NAE_ERA_R-1665_Eesti_Kunstnike_Liit, lk 6
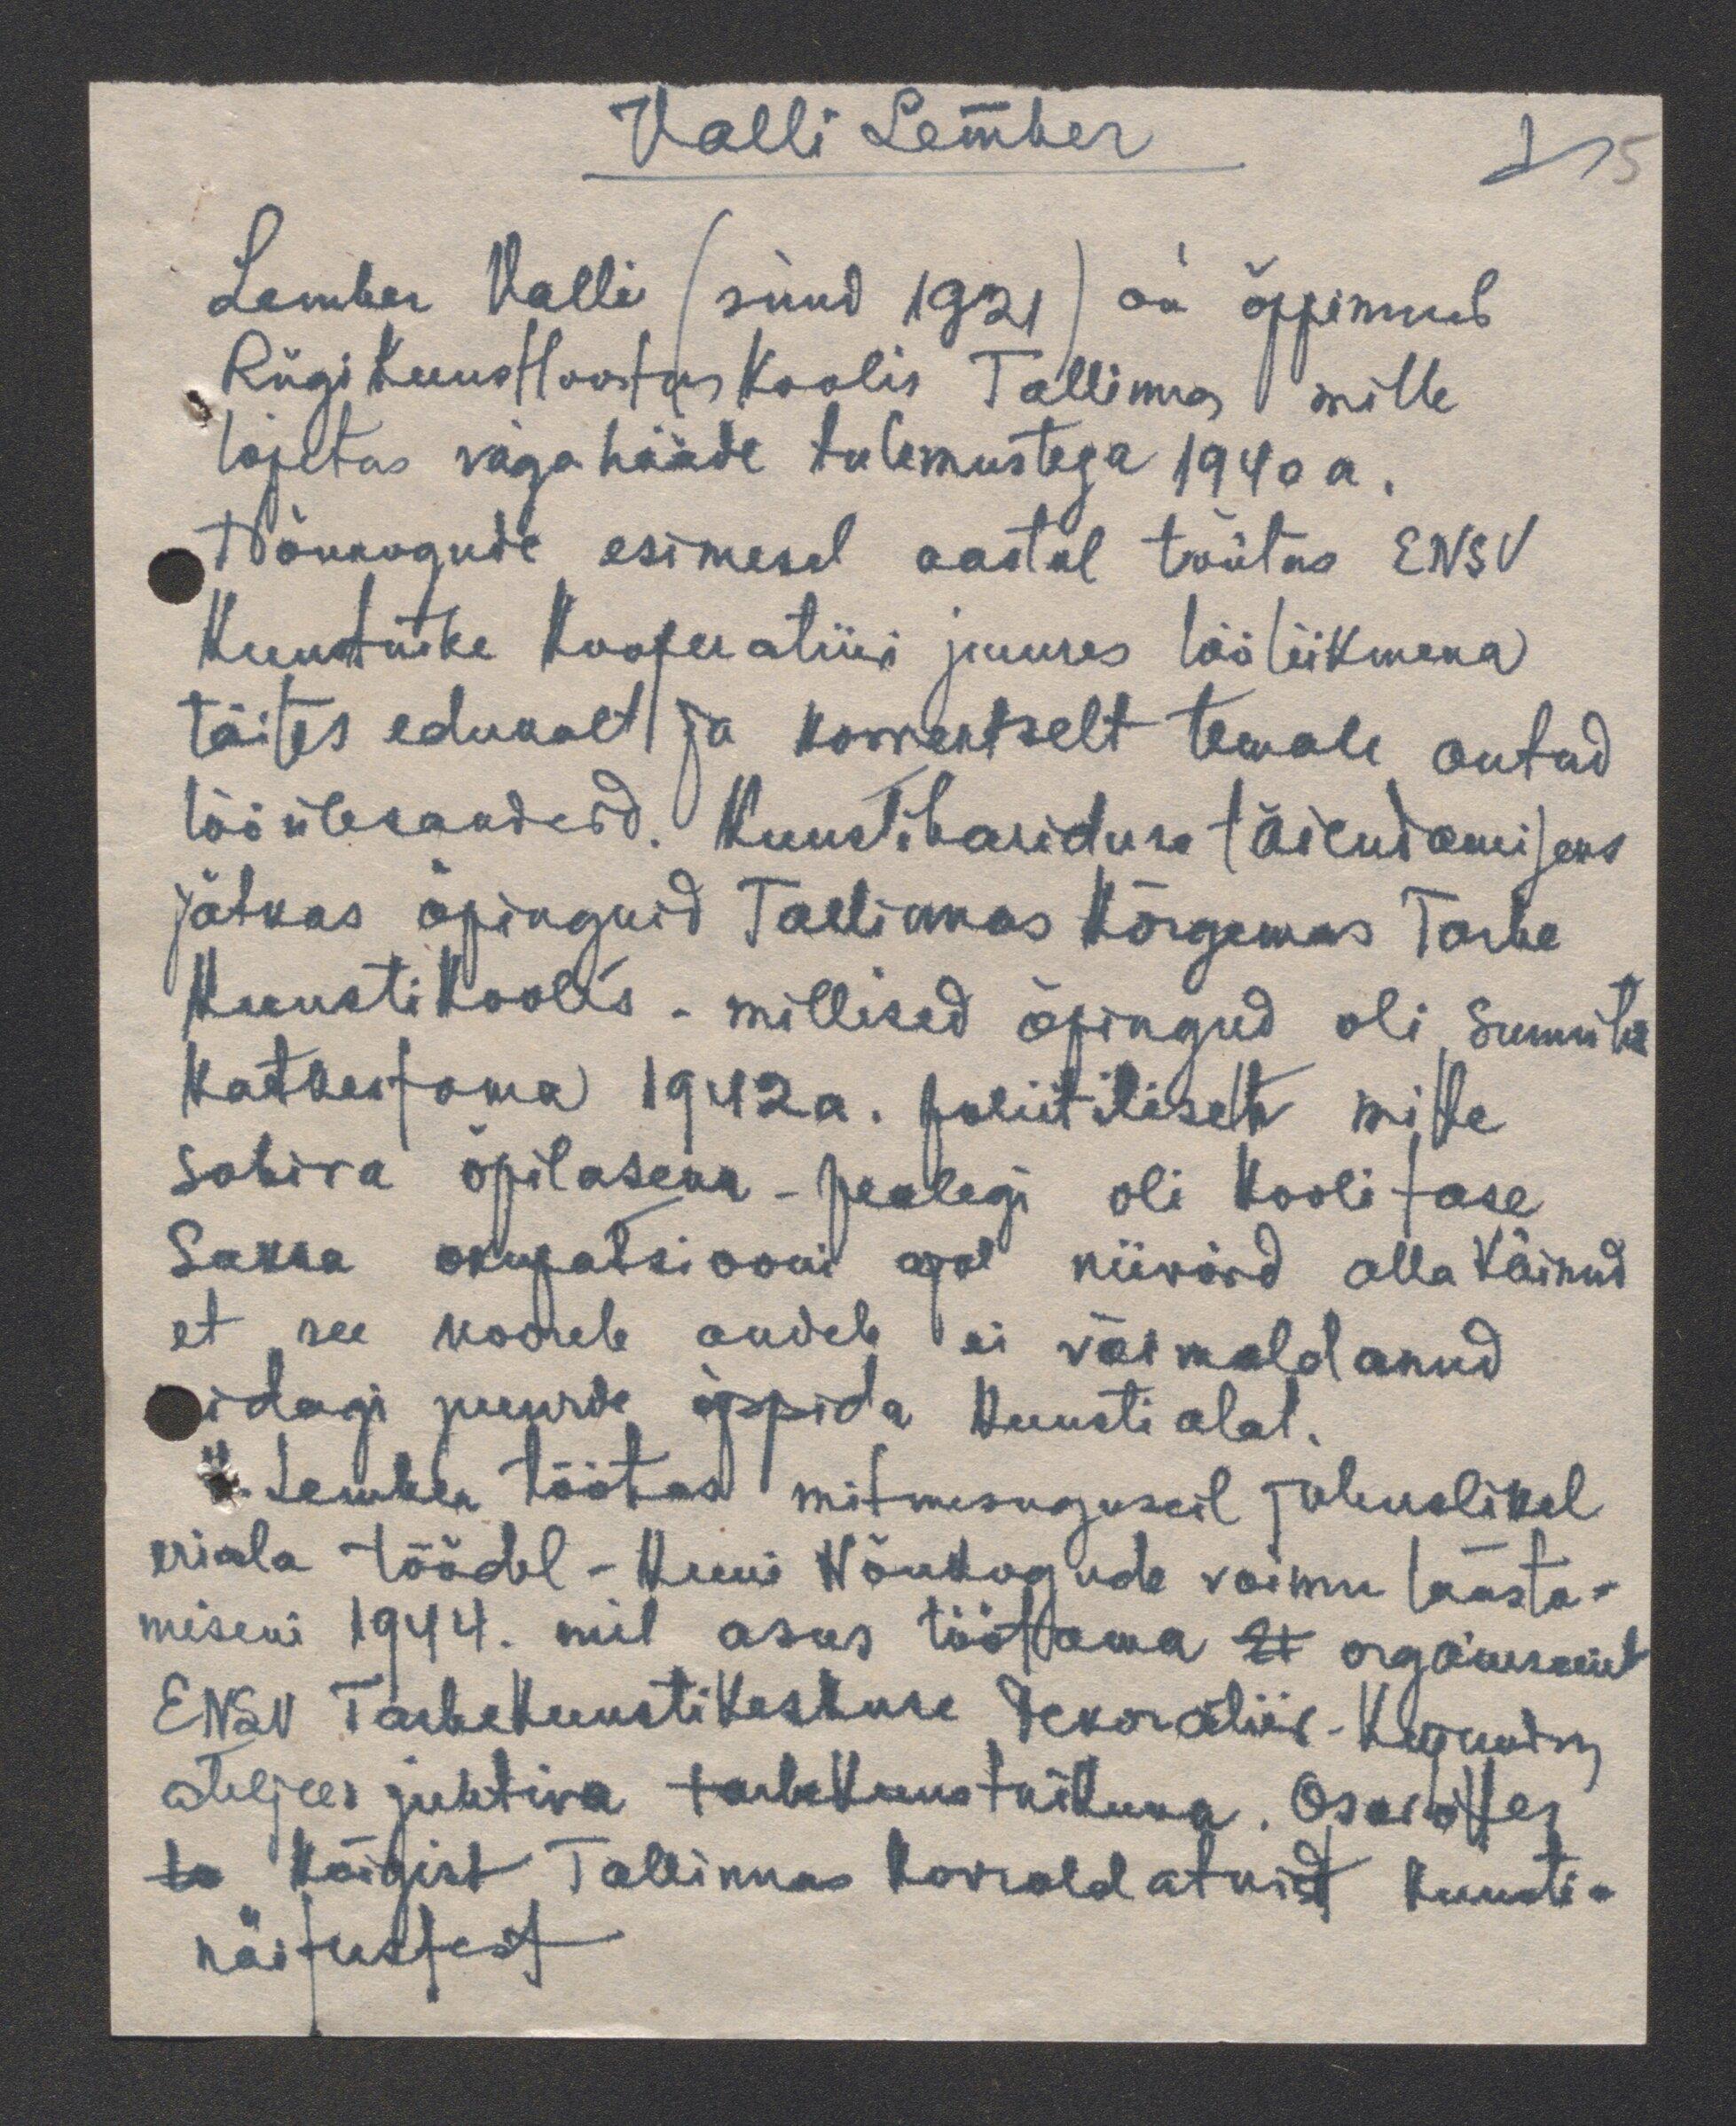
Valli Lember
Lember Valli (sünd 1921) on õppinud
Riigi Kunsttoostuskoolis  Tallinnas mille
lõpetas väga hääde tulemustega 1940 a.
Nõukogude esimesel aastal töötas ENSV
Kunstnike Kooperatiivi juures tööliikmena
täites edukalt ja korrektselt temale antud
tööülesandeid. Kunstihariduse täiendamiseks
jätkas õpinguid Tallinnas Kõrgemas Tarbe
kunstikoolis - millised õpingud oli sunnitud
katkestama 1942 a. poliitiliselt mitte
sobiva õpilasena - pealegi oli kooli tase
Saksa okupatsiooni ajal niivõrd alla käinud
et see noorele andele ei võimaldanud
midagi juurde õppida kunsti alal.
V. Lember töötas mitmesuguseil juhuslikel
eriala töödel - kuni Nõukogude voimu taasta-
miseni 1944. mil asus töötama 21 organiseerit.
ENSV Tarbekunstikeskuse dekoratiiv-kujundus
ateljees juhtiva tarbekunstnikuna. Osavottes
ta kõigist Tallinnas korraldatuist kunsti-
näitustest

5